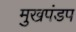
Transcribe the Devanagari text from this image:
मुखपंडप